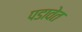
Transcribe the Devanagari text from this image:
पडावेत